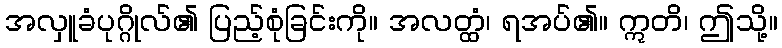
အလှူခံပုဂ္ဂိုလ်၏ ပြည့်စုံခြင်းကို။ အလတ္ထံ၊ ရအပ်၏။ ဣတိ၊ ဤသို့။